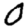
Digit: 0